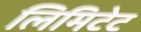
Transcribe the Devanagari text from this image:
लिमिटेट